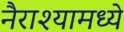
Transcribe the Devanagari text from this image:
नैराश्यामध्ये